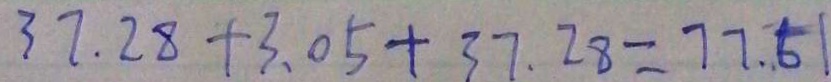
3 7 . 2 8 + 3 . 0 5 + 3 7 . 2 8 = 7 7 . 5 1